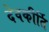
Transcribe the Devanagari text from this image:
देवकीर्ति